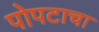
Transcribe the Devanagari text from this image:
पोपटाचा